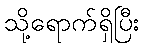
သို့ရောက်ရှိပြီး